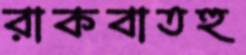
রাকবাতহু